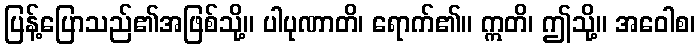
ပြန့်ပြောသည်၏အဖြစ်သို့။ ပါပုဏာတိ၊ ရောက်၏။ ဣတိ၊ ဤသို့။ အဝေါစ၊